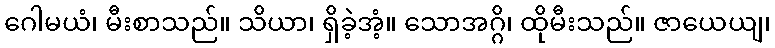
ဂေါမယံ၊ မီးစာသည်။ သိယာ၊ ရှိခဲ့အံ့။ သောအဂ္ဂိ၊ ထိုမီးသည်။ ဇာယေယျ၊